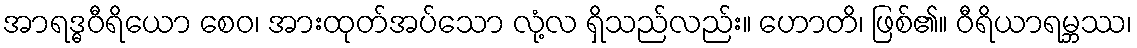
အာရဒ္ဓဝီရိယော စေဝ၊ အားထုတ်အပ်သော လုံ့လ ရှိသည်လည်း။ ဟောတိ၊ ဖြစ်၏။ ဝီရိယာရမ္ဘဿ၊